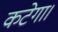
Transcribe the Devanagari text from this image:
कटेगा।